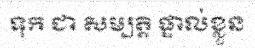
ទុក ជា សម្បត្តិ ផ្ទាល់ខ្លួន